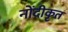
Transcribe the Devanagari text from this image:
नोंदीकृत